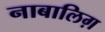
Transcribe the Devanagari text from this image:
नाबालिग़